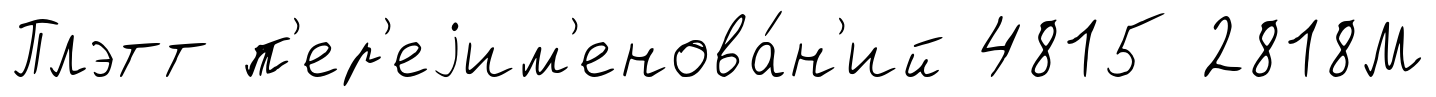
Плэтт п'ер'еjим'енова́н'ий 4815 2818М